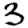
Digit: 3